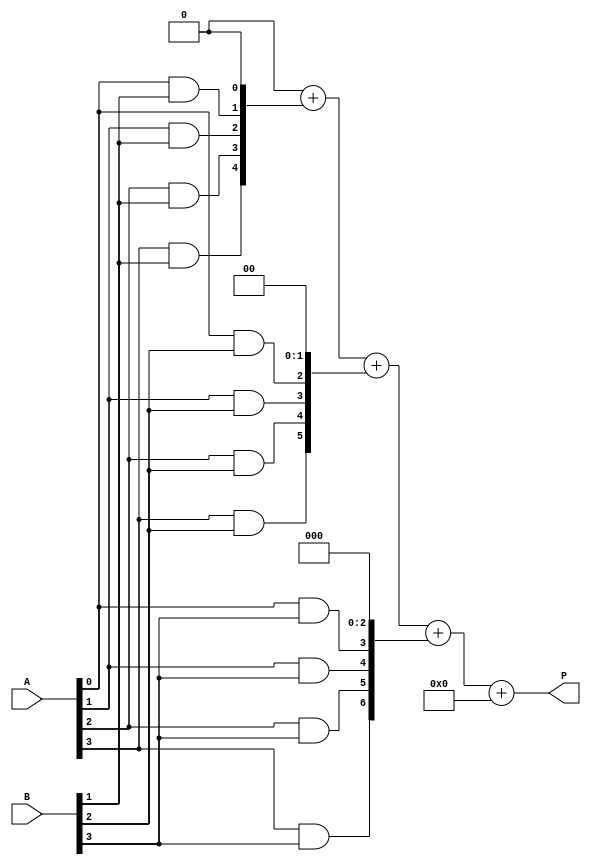
module array_multiplier #(parameter N = 4) (
    input  [N-1:0] A, // N-bit operand A
    input  [N-1:0] B, // N-bit operand B
    output [2*N-1:0] P // 2N-bit product
);

    // Partial products array
    wire [N-1:0] partial_products[N-1:0];

    // Generate partial products using AND gates
    genvar i, j;
    generate
        for (i = 0; i < N; i = i + 1) begin : pp_gen
            for (j = 0; j < N; j = j + 1) begin : and_gen
                assign partial_products[i][j] = A[j] & B[i];
            end
        end
    endgenerate

    // Sum the partial products using a simple adder tree
    wire [2*N-1:0] sum [N-1:0];
    wire [2*N-1:0] carry [N-1:0];

    // Initialize the first partial product
    assign sum[0] = {partial_products[0], 0}; // Align first partial product
    assign carry[0] = 0;

    // Add partial products
    generate
        for (i = 1; i < N; i = i + 1) begin : adder_tree
            assign {carry[i], sum[i]} = sum[i-1] + {partial_products[i], i'b0}; // Shift and add
        end
    endgenerate

    // Final product is the last sum
    assign P = sum[N-1] + carry[N-1];

endmodule